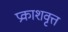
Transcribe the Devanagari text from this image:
प्रकाशवृत्त